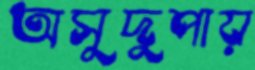
অসুদুপায়